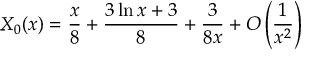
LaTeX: X _ { 0 } ( x ) = \frac { x } { 8 } + \frac { 3 \ln x + 3 } { 8 } + \frac { 3 } { 8 x } + { \cal O } \left( \frac { 1 } { x ^ { 2 } } \right)